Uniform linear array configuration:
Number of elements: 64
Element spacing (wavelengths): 0.75
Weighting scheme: hann
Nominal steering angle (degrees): -45
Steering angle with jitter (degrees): -45.679
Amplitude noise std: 0.05
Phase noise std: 0.05

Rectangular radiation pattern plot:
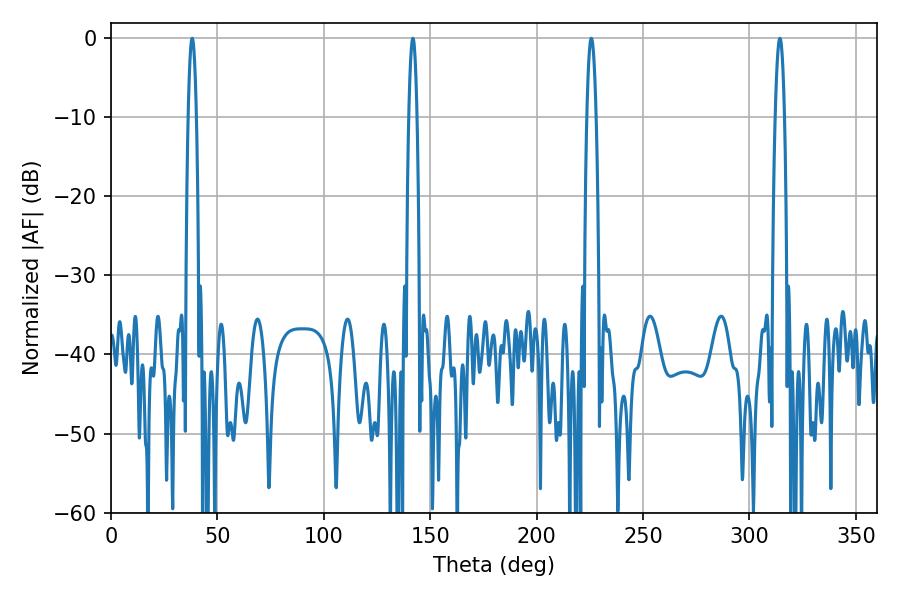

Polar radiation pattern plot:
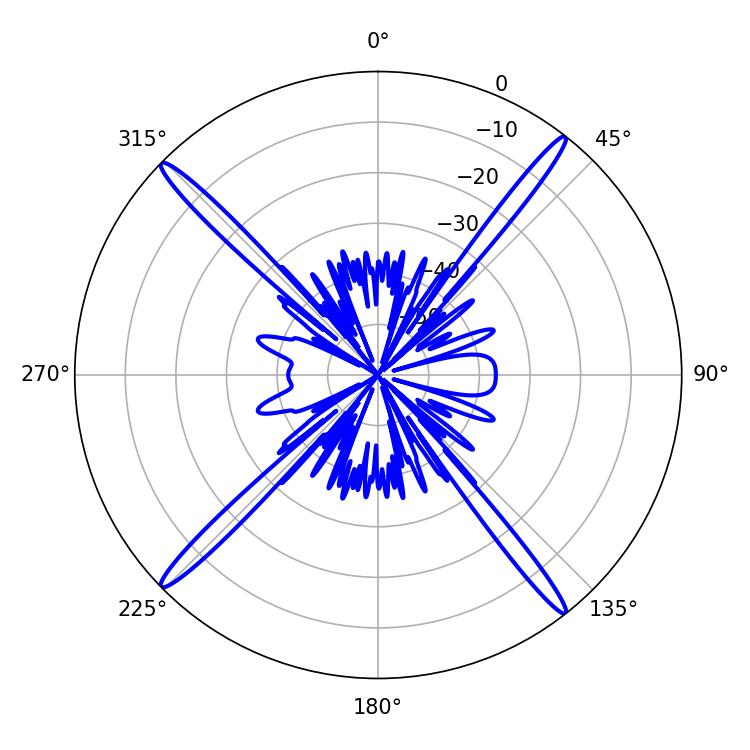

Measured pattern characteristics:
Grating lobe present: TRUE
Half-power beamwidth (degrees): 2.16
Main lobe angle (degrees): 38.16